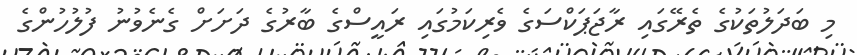
މި ބަދަލުތަކުގެ ތެރޭގައި ރާޖަޕަކްސަގެ ވެރިކަމުގައި ރައީސްގެ ބާރުގެ ދަށަށް ގެނެވުނު ފުލުހުންގެ